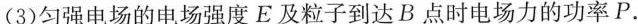
(3)匀强电场的电场强度E及粒子到达B点时电场力的功率P.